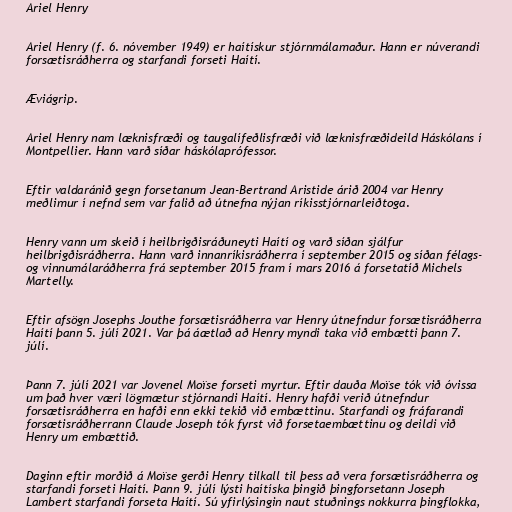
Ariel Henry

Ariel Henry (f. 6. nóvember 1949) er haítískur stjórnmálamaður. Hann er núverandi
forsætisráðherra og starfandi forseti Haítí.

Æviágrip.

Ariel Henry nam læknisfræði og taugalífeðlisfræði við læknisfræðideild Háskólans í
Montpellier. Hann varð síðar háskólaprófessor.

Eftir valdaránið gegn forsetanum Jean-Bertrand Aristide árið 2004 var Henry
meðlimur í nefnd sem var falið að útnefna nýjan ríkisstjórnarleiðtoga.

Henry vann um skeið í heilbrigðisráðuneyti Haítí og varð síðan sjálfur
heilbrigðisráðherra. Hann varð innanríkisráðherra í september 2015 og síðan félags-
og vinnumálaráðherra frá september 2015 fram í mars 2016 á forsetatíð Michels
Martelly.

Eftir afsögn Josephs Jouthe forsætisráðherra var Henry útnefndur forsætisráðherra
Haítí þann 5. júlí 2021. Var þá áætlað að Henry myndi taka við embætti þann 7.
júlí.

Þann 7. júlí 2021 var Jovenel Moïse forseti myrtur. Eftir dauða Moïse tók við óvissa
um það hver væri lögmætur stjórnandi Haítí. Henry hafði verið útnefndur
forsætisráðherra en hafði enn ekki tekið við embættinu. Starfandi og fráfarandi
forsætisráðherrann Claude Joseph tók fyrst við forsetaembættinu og deildi við
Henry um embættið.

Daginn eftir morðið á Moïse gerði Henry tilkall til þess að vera forsætisráðherra og
starfandi forseti Haítí. Þann 9. júlí lýsti haítíska þingið þingforsetann Joseph
Lambert starfandi forseta Haítí. Sú yfirlýsingin naut stuðnings nokkurra þingflokka,